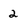
Character: 2